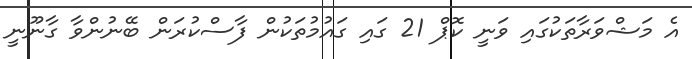
އެ މަޝްވަރާތަކުގައި ވަނީ ކޮޕް 21 ގައި ގައުމުތަކުން ފާސްކުރަން ބޭނުންވާ ގާނޫނީ